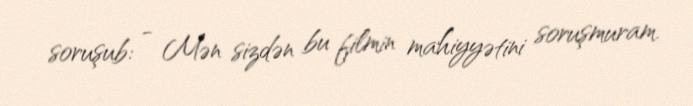
soruşub: - Mən sizdən bu filmin mahiyyətini soruşmuram.